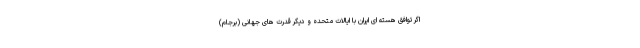
اگر توافق هسته ای ایران با ایالات متحده و دیگر قدرت های جهانی (برجام)